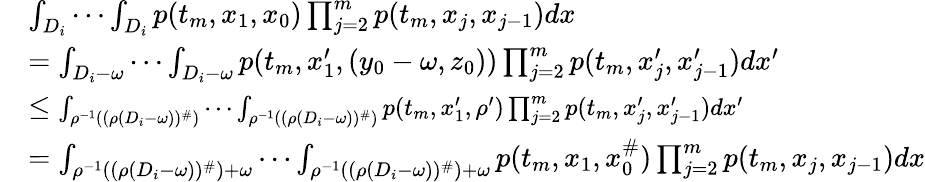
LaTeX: \begin{array}{rl}&{\int_{D_{i}}\cdots\int_{D_{i}}p(t_{m},x_{1},x_{0})\prod_{j=2}^{m}p(t_{m},x_{j},x_{j-1})dx}\\ &{=\int_{D_{i}-\omega}\cdots\int_{D_{i}-\omega}p(t_{m},x_{1}^{\prime},(y_{0}-\omega,z_{0}))\prod_{j=2}^{m}p(t_{m},x_{j}^{\prime},x_{j-1}^{\prime})dx^{\prime}}\\ &{\le{\small\int_{\rho^{-1}((\rho(D_{i}-\omega))^{\# })}\cdots\int_{\rho^{-1}((\rho(D_{i}-\omega))^{\# })}p(t_{m},x_{1}^{\prime},\rho^{\prime})\prod_{j=2}^{m}p(t_{m},x_{j}^{\prime},x_{j-1}^{\prime})dx^{\prime}}}\\ &{=\int_{\rho^{-1}((\rho(D_{i}-\omega))^{\# })+\omega}\cdots\int_{\rho^{-1}((\rho(D_{i}-\omega))^{\# })+\omega}p(t_{m},x_{1},x_{0}^{\# })\prod_{j=2}^{m}p(t_{m},x_{j},x_{j-1})dx}\end{array}